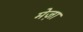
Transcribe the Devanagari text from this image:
मेज़ा